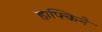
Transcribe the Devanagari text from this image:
हाफ्किने